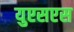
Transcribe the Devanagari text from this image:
युएसएस